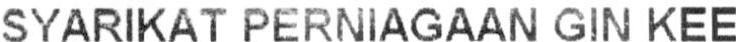
SYARIKAT PERNIAGAAN GIN KEE